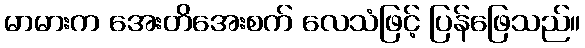
မာမားက အေးတိအေးစက် လေသံဖြင့် ပြန်ဖြေသည်။